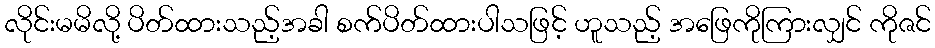
လိုင်းမမိလို့ ပိတ်ထားသည့်အခါ စက်ပိတ်ထားပါသဖြင့် ဟူသည့် အဖြေကိုကြားလျှင် ကိုဇင်